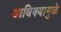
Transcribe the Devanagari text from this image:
आधिक्यामुळे